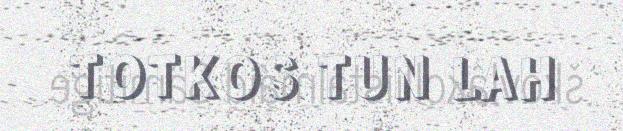
TOTKOS TUN LAH